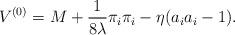
LaTeX: \begin{align*}V^{(0)} = M + \frac{1}{8\lambda}\pi_i\pi_i - \eta (a_ia_i - 1).\end{align*}